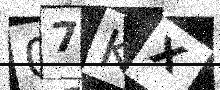
Text: 07KX